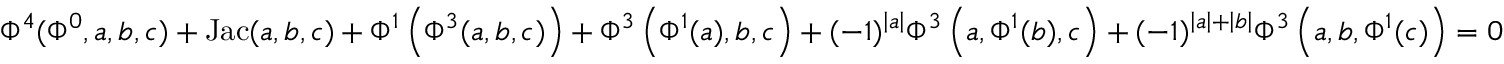
\Phi ^ { 4 } ( \Phi ^ { 0 } , a , b , c ) + \mathrm { { J a c } } ( a , b , c ) + \Phi ^ { 1 } \left( \Phi ^ { 3 } ( a , b , c ) \right) + \Phi ^ { 3 } \left( \Phi ^ { 1 } ( a ) , b , c \right) + ( - 1 ) ^ { \left| a \right| } \Phi ^ { 3 } \left( a , \Phi ^ { 1 } ( b ) , c \right) + ( - 1 ) ^ { \left| a \right| + \left| b \right| } \Phi ^ { 3 } \left( a , b , \Phi ^ { 1 } ( c ) \right) = 0